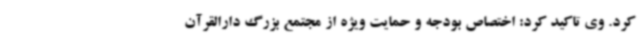
کرد. وی تاکید کرد: اختصاص بودجه و حمایت ویژه از مجتمع بزرگ دارالقرآن